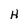
Character: H